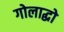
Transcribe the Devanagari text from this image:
गोलाद्धो